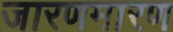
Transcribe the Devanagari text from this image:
जारणमारण